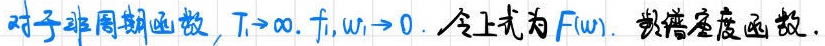
对于非周期函数，$T_{1}\to\infty ,f_{1},\omega_{1}\to 0$. 令上式为$F(\omega )$. 频谱密度函数.